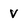
Character: v